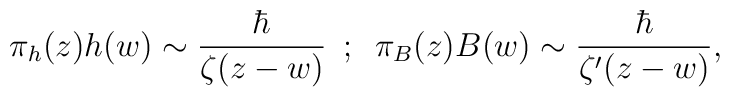
\pi_h(z)h(w)\sim{\hbar\over\zeta(z-w)}\,\,\,;\,\,\,\pi_B(z)B(w)\sim{\hbar\over\zeta^\prime(z-w)},